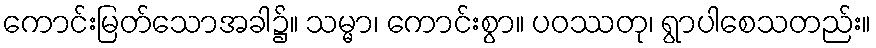
ကောင်းမြတ်သောအခါ၌။ သမ္မာ၊ ကောင်းစွာ။ ပဝဿတု၊ ရွာပါစေသတည်း။